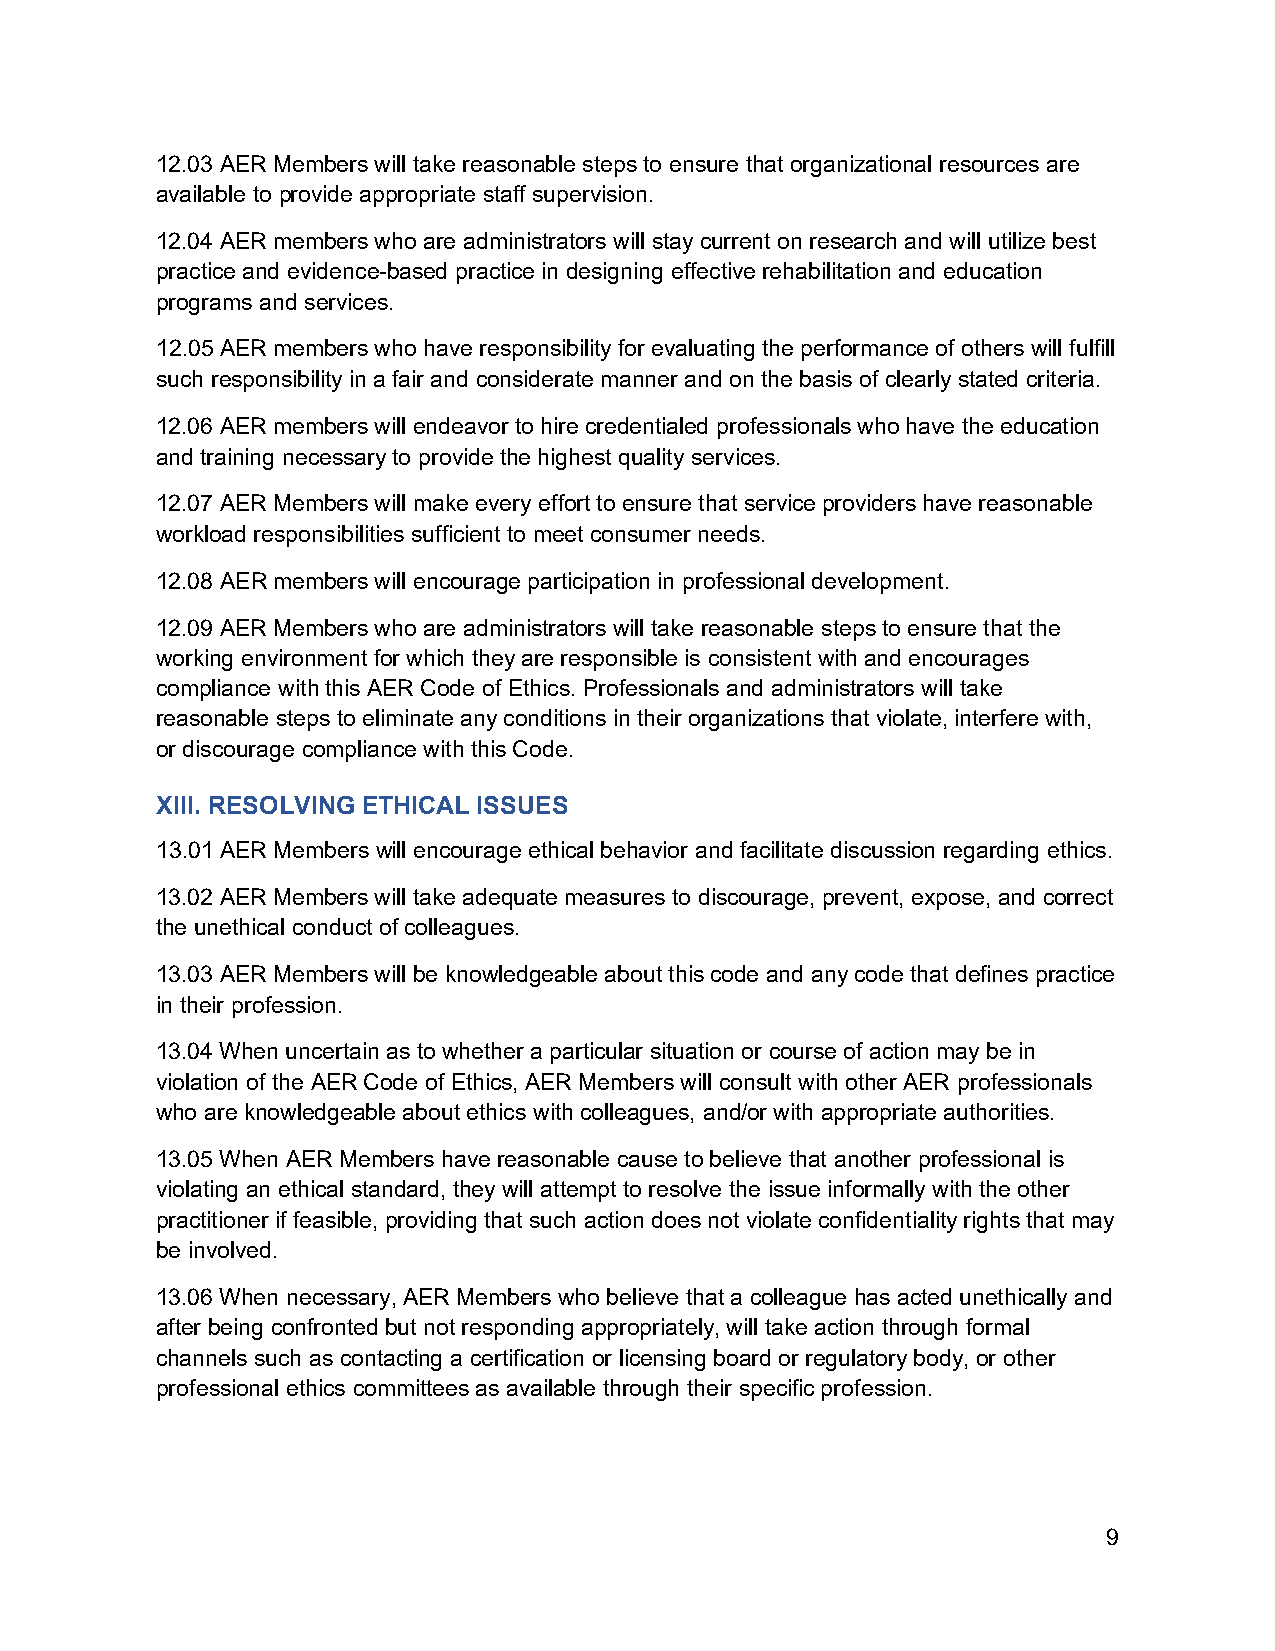
12.03 AER Members will take reasonable steps to ensure that organizational resources are
 available to provide appropriate staff supervision.
 12.04 AER members who are administrators will stay current on research and will utilize best
 practice and evidence-based practice in designing effective rehabilitation and education
 programs and services.
 12.05 AER members who have responsibility for evaluating the performance of others will fulfill
 such responsibility in a fair and considerate manner and on the basis of clearly stated criteria.
 12.06 AER members will endeavor to hire credentialed professionals who have the education
 and training necessary to provide the highest quality services.
 12.07 AER Members will make every effort to ensure that service providers have reasonable
 workload responsibilities sufficient to meet consumer needs.
 12.08 AER members will encourage participation in professional development.
 12.09 AER Members who are administrators will take reasonable steps to ensure that the
 working environment for which they are responsible is consistent with and encourages
 compliance with this AER Code of Ethics. Professionals and administrators will take
 reasonable steps to eliminate any conditions in their organizations that violate, interfere with,
 or discourage compliance with this Code.
 XIII. RESOLVING ETHICAL ISSUES
 13.01 AER Members will encourage ethical behavior and facilitate discussion regarding ethics.
 13.02 AER Members will take adequate measures to discourage, prevent, expose, and correct
 the unethical conduct of colleagues.
 13.03 AER Members will be knowledgeable about this code and any code that defines practice
 in their profession.
 13.04 When uncertain as to whether a particular situation or course of action may be in
 violation of the AER Code of Ethics, AER Members will consult with other AER professionals
 who are knowledgeable about ethics with colleagues, and/or with appropriate authorities.
 13.05 When AER Members have reasonable cause to believe that another professional is
 violating an ethical standard, they will attempt to resolve the issue informally with the other
 practitioner if feasible, providing that such action does not violate confidentiality rights that may
 be involved.
 13.06 When necessary, AER Members who believe that a colleague has acted unethically and
 after being confronted but not responding appropriately, will take action through formal
 channels such as contacting a certification or licensing board or regulatory body, or other
 professional ethics committees as available through their specific profession.
 9